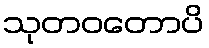
သုတဝတောပိ